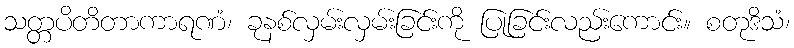
သတ္တပိတိတာကာရဏံ၊ ခုနစ်လှမ်းလှမ်းခြင်းကို ပြုခြင်းလည်းကောင်း။ စတုဒိသံ၊